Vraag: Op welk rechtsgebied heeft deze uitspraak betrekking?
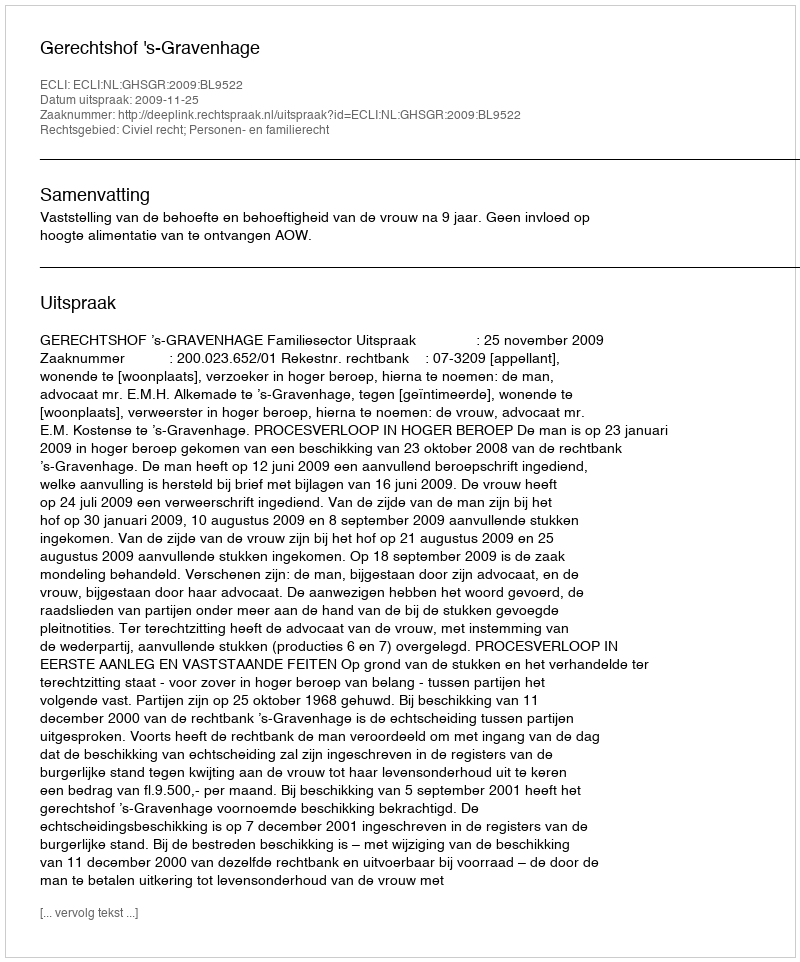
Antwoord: Civiel recht; Personen- en familierecht